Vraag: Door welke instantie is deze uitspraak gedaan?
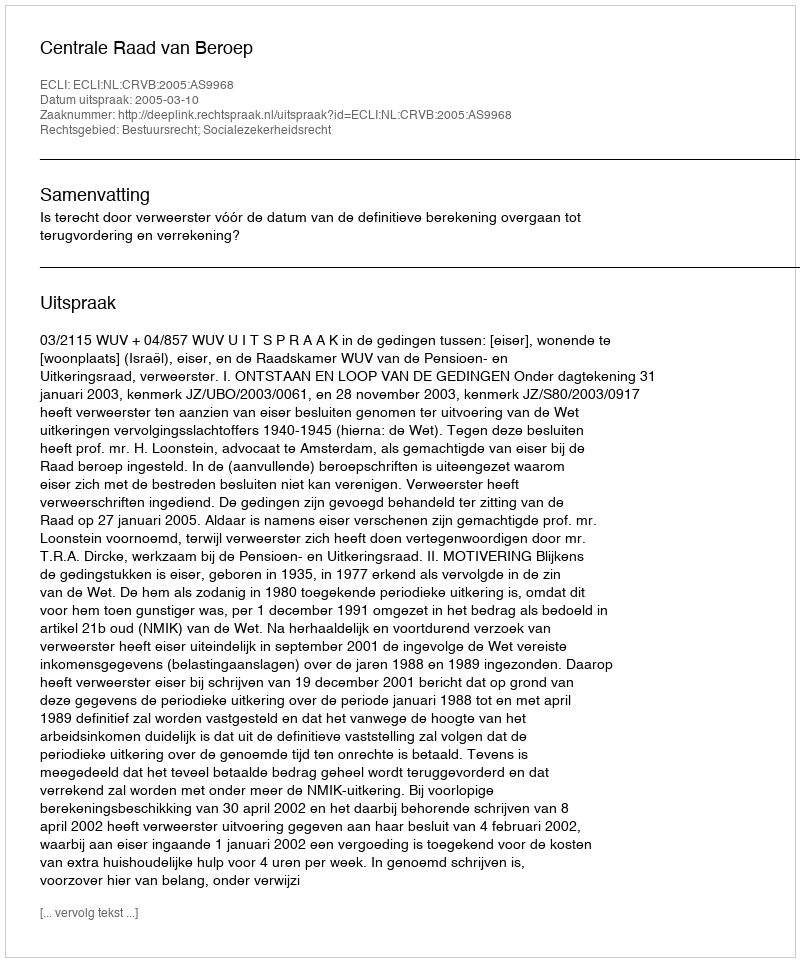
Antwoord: Centrale Raad van Beroep